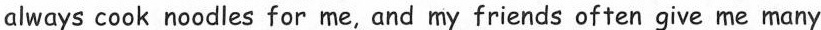
always cook noodles for me, and my friends often give me many